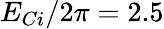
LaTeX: E_{Ci}/2\pi=2.5